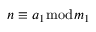
n \equiv a _ { 1 } { \bmod { m } } _ { 1 }